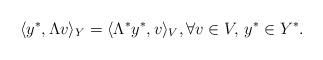
LaTeX: \begin{align*} \langle y^*, \Lambda v \rangle_Y = \langle \Lambda^* y^*, v \rangle_V ,\forall v \in V, \, y^* \in Y^* .\end{align*}